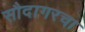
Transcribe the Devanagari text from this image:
सौदागरचा